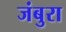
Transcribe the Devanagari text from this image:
जंबुरा